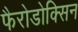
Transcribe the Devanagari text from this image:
फैरोडोक्सिन